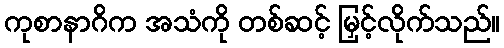
ကုစာနာဂိက အသံကို တစ်ဆင့် မြှင့်လိုက်သည်။